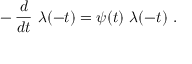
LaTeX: - \, { \frac { d } { d t } } \ \lambda ( - t ) = \psi ( t ) \ \lambda ( - t ) \ .